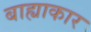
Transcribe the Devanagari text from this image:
बाह्याकार